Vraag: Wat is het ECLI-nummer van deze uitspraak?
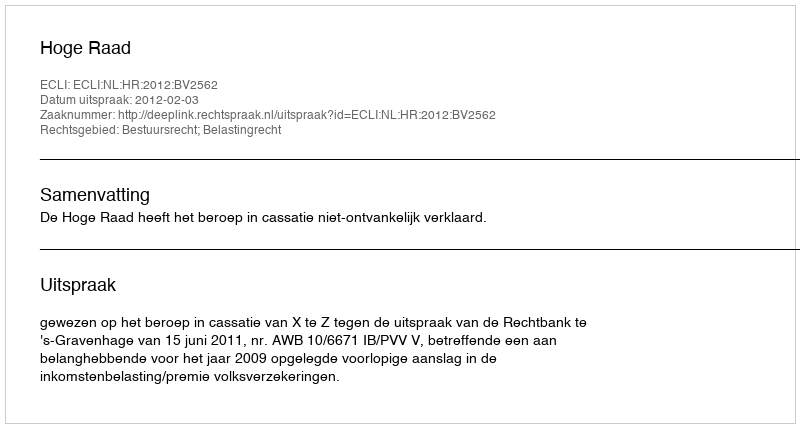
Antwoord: ECLI:NL:HR:2012:BV2562